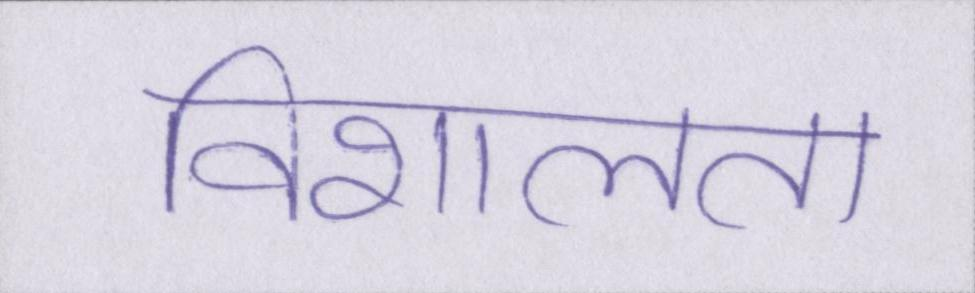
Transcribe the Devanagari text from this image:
विशालता